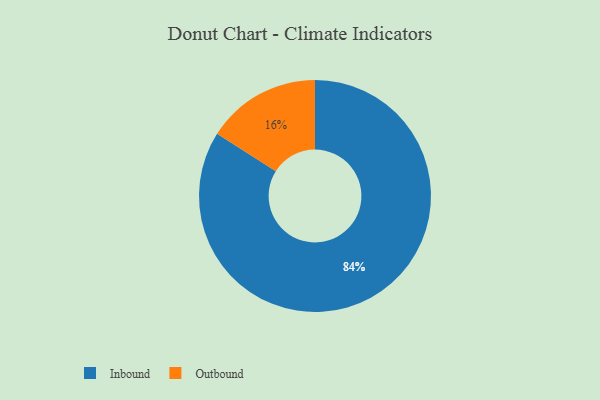
{"axis": {"x": "Category", "y": "Percentage"}, "legend": ["Inbound", "Outbound"], "data": [{"x": "Inbound", "y": 84, "type": "Inbound"}, {"x": "Outbound", "y": 16, "type": "Outbound"}]}